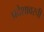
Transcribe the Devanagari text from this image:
प्रदेशावरची